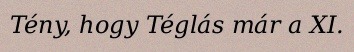
Tény, hogy Téglás már a XI.